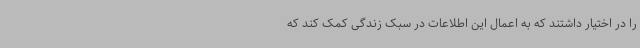
را در اختیار داشتند که به اعمال این اطلاعات در سبک زندگی کمک کند که